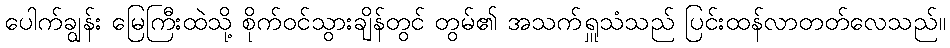
ပေါက်ချွန်း မြေကြီးထဲသို့ စိုက်ဝင်သွားချိန်တွင် တွမ်၏ အသက်ရှူသံသည် ပြင်းထန်လာတတ်လေသည်။